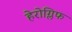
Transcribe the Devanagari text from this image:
हेरोग्लिफ